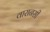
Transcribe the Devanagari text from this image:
वारानसी